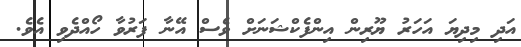
އަދި މިދިޔަ އަހަރު ޔޫރިން އިންފެކްޝަނަށް ވެސް އޭނާ ފަރުވާ ހޯއްދެވި އެވެ.